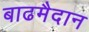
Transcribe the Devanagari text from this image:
बाढमैदान